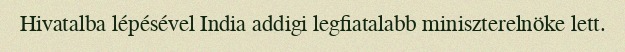
Hivatalba lépésével India addigi legfiatalabb miniszterelnöke lett.